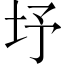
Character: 㘧